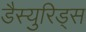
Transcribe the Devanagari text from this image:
डैस्युरिड्स